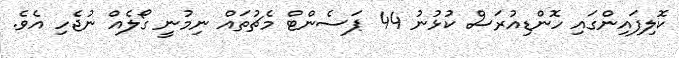
ކޮލިފައިންގައި ހޮންޑިއުރަސް ކުޅުނު 44 ޕަސެންޓް މެޗުތައް ނިމުނީ ގޯލެއް ނުޖެހި އެވެ.